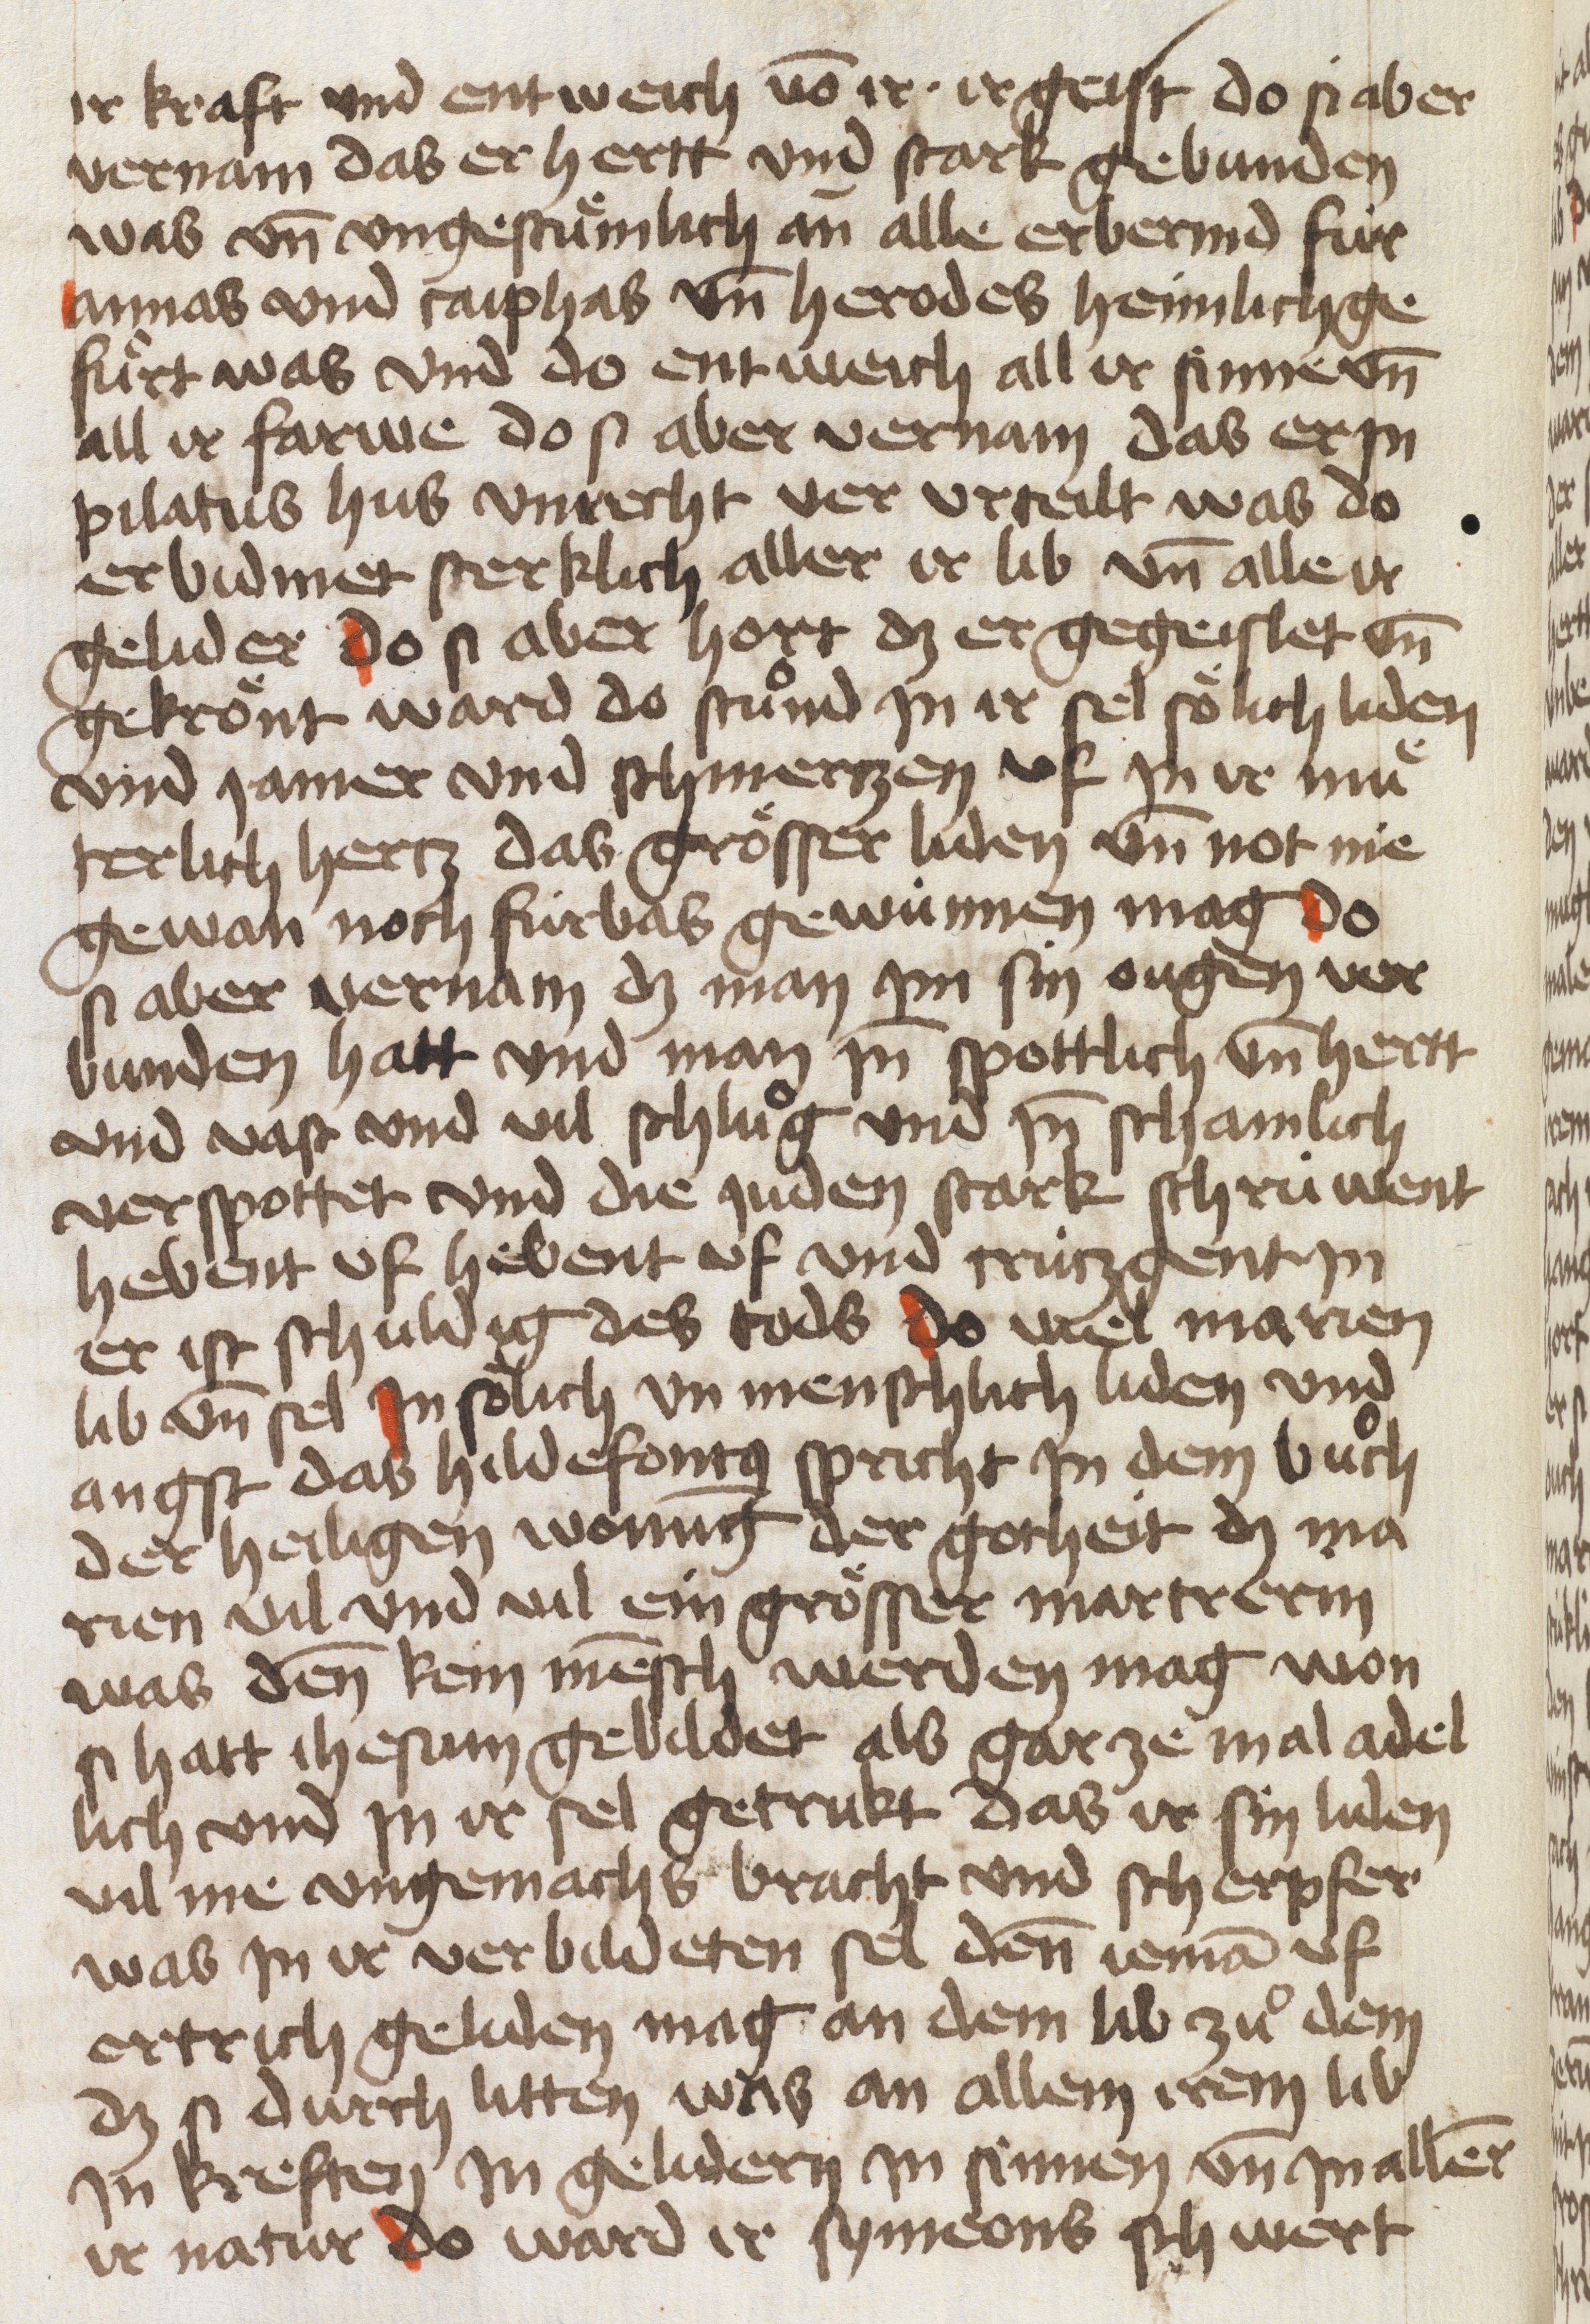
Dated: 1454–1454